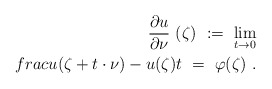
\begin{align*}\frac{\partial u}{\partial \nu}\ (\zeta)\ :=\ \lim_{t\to 0}\\frac{u(\zeta+t\cdot\nu)-u(\zeta)}{t}\ =\ \varphi(\zeta)\ .\end{align*}